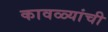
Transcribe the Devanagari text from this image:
कावळ्यांची